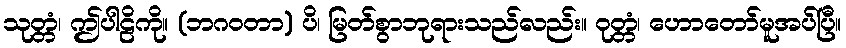
သုတ္တံ၊ ဤပါဠိကို။ (ဘဂဝတာ) ပိ၊ မြတ်စွာဘုရားသည်လည်း။ ဝုတ္တံ၊ ဟောတော်မူအပ်ပြီ။